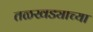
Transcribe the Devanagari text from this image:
तळखड्याच्या